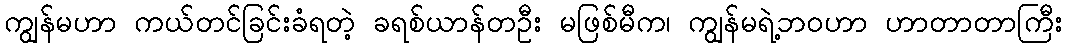
ကျွန်မဟာ ကယ်တင်ခြင်းခံရတဲ့ ခရစ်ယာန်တဦး မဖြစ်မီက၊ ကျွန်မရဲ့ဘဝဟာ ဟာတာတာကြီး